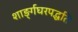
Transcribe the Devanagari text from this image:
शाङ्‌र्गघरपद्धति